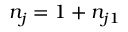
n _ { j } = 1 + n _ { j 1 }